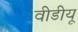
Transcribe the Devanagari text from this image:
वीडीयू